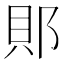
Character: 郥